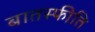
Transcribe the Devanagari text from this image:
बातस्फीति